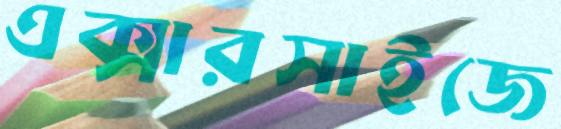
এক্সারসাইজে